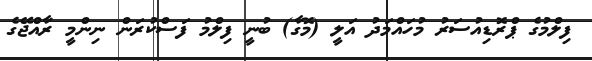
ފިލްމުގެ ޕްރޮޑިއުސަރު މުހައްމަދު އަލީ (މޮގާ) ބުނީ ފިލްމު ފަސްކުރަން ނިންމީ ރާއްޖޭގެ